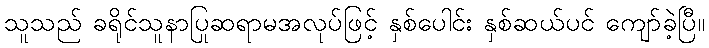
သူသည် ခရိုင်သူနာပြုဆရာမအလုပ်ဖြင့် နှစ်ပေါင်း နှစ်ဆယ်ပင် ကျော်ခဲ့ပြီ။